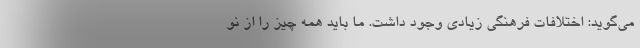
می‌گوید: اختلافات فرهنگی زیادی وجود داشت. ما باید همه چیز را از نو